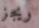
ريجز